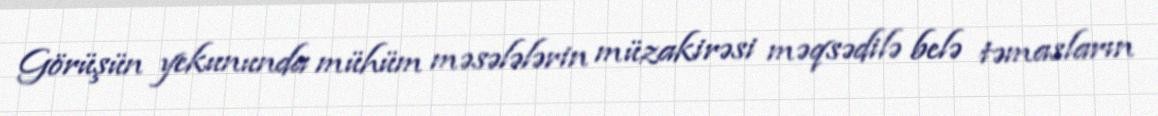
Görüşün yekununda mühüm məsələlərin müzakirəsi məqsədilə belə təmasların